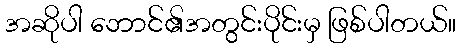
အဆိုပါ ဘောင်၏အတွင်းပိုင်းမှ ဖြစ်ပါတယ်။